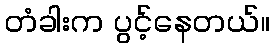
တံခါးက ပွင့်နေတယ်။